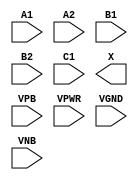
module sky130_fd_sc_lp__o221a (
    //# {{data|Data Signals}}
    input  A1  ,
    input  A2  ,
    input  B1  ,
    input  B2  ,
    input  C1  ,
    output X   ,

    //# {{power|Power}}
    input  VPB ,
    input  VPWR,
    input  VGND,
    input  VNB
);
endmodule